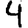
Digit: 4